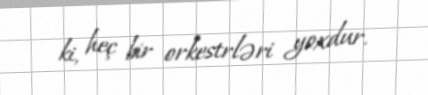
ki, heç bir orkestrləri yoxdur.